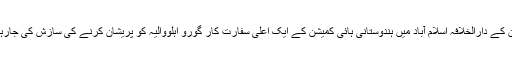
پاکستان کے دارالخلافہ اسلام آباد میں ہندوستانی ہائی کمیشن کے ایک اعلیٰ سفارت کار گورو اہلووالیہ کو پریشان کرنے کی سازش کی جارہی ہے۔